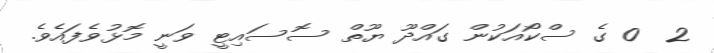
2  0 ގެ ސްކޯއަކުން ގައްދޫ ޔޫތް ސޮސައިޓީ ވަނީ މޮޅުވެފައެވެ.